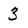
Character: 3